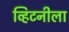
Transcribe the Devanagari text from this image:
व्हिटनीला